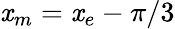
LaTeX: \mathit{x}_{m}=\mathit{x}_{e}-\pi/3